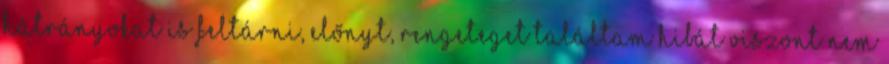
hátrányokat is feltárni, előnyt, rengeteget találtam hibát viszont nem